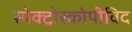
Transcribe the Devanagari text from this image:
स्पेक्ट्रोस्कोपीविद